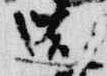
造